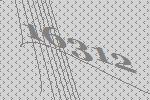
16312